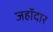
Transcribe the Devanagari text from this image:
जहाँदार